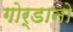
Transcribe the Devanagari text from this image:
गोर्डानो